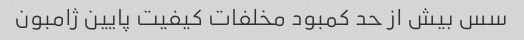
سس بیش از حد کمبود مخلفات کیفیت پایین ژامبون